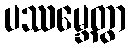
ပဿမ္ဘေတွာ